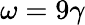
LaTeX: \omega=9\gamma